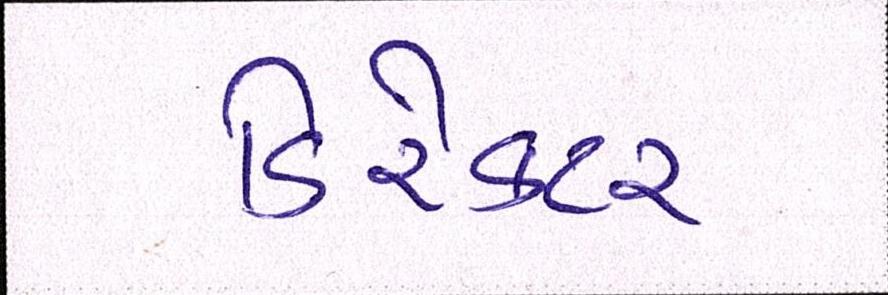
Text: ડિરેક્ટર